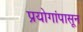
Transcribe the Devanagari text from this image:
प्रयोगांपासून